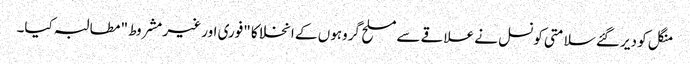
منگل کو دیر گئے سلامتی کونسل نے علاقے سے مسلح گروہوں کے انخلا کا "فوری اور غیر مشروط" مطالبہ کیا۔